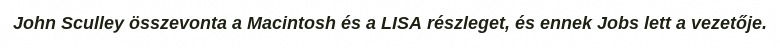
John Sculley összevonta a Macintosh és a LISA részleget, és ennek Jobs lett a vezetője.